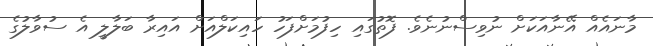
މާނައެއް އޭނާއަކަށް ނުވިސްނުނެވެ. ފޮތުގައި ހިފުމަށްފަހު ހައިކަލްއަށް އައިރާ ބަލާލީ އެ ސުވާލުގެ